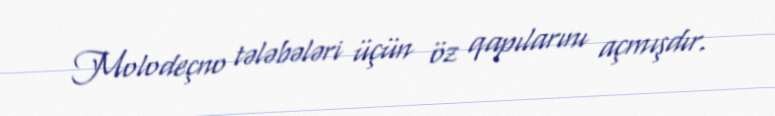
Molodeçno tələbələri üçün öz qapılarını açmışdır.